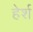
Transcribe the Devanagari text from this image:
हेर्श